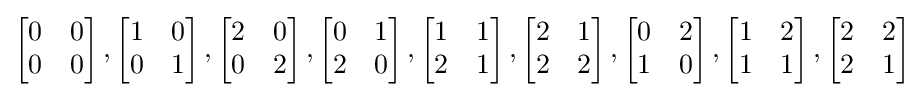
\left[{\begin{matrix}0&0\\0&0\end{matrix}}\right],\left[{\begin{matrix}1&0\\0&1\end{matrix}}\right],\left[{\begin{matrix}2&0\\0&2\end{matrix}}\right],\left[{\begin{matrix}0&1\\2&0\end{matrix}}\right],\left[{\begin{matrix}1&1\\2&1\end{matrix}}\right],\left[{\begin{matrix}2&1\\2&2\end{matrix}}\right],\left[{\begin{matrix}0&2\\1&0\end{matrix}}\right],\left[{\begin{matrix}1&2\\1&1\end{matrix}}\right],\left[{\begin{matrix}2&2\\2&1\end{matrix}}\right]